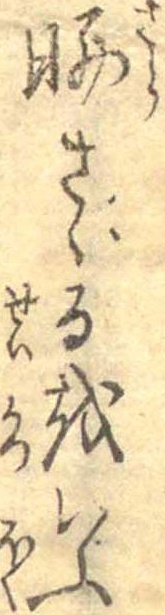
曝さゞるをいふ